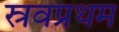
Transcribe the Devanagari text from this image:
स्रवप्रथम